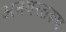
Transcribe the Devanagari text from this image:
अनवरतरूप